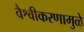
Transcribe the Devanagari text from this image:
वैश्वीकरणामुळे